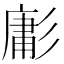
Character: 㣑